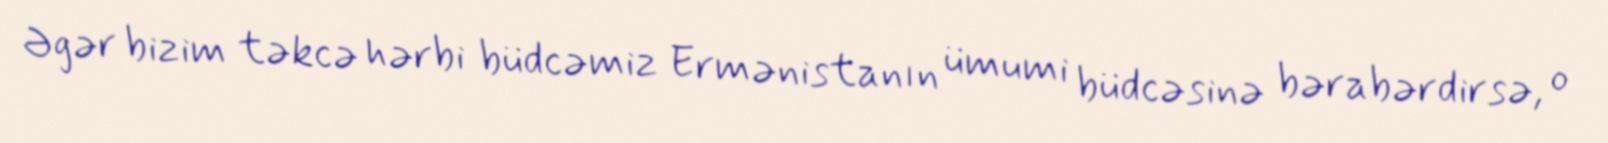
Əgər bizim təkcə hərbi büdcəmiz Ermənistanın ümumi büdcəsinə bərabərdirsə, o